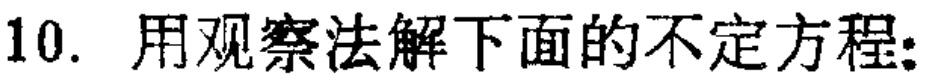
10. 用观察法解下面的不定方程: